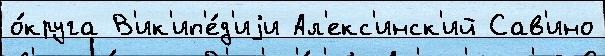
о́круга В'ик'ип'е́д'иjи Ал'екс'инск'ий Сав'ино